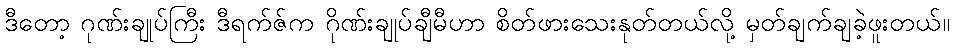
ဒီတော့ ဂုဏ်းချုပ်ကြီး ဒီရက်ဇ်က ဂိုဏ်းချုပ်ချီမီဟာ စိတ်ဖားသေးနုတ်တယ်လို့ မှတ်ချက်ချခဲ့ဖူးတယ်။